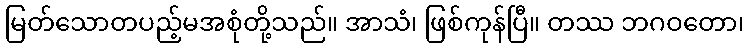
မြတ်သောတပည့်မအစုံတို့သည်။ အာသံ၊ ဖြစ်ကုန်ပြီ။ တဿ ဘဂဝတော၊